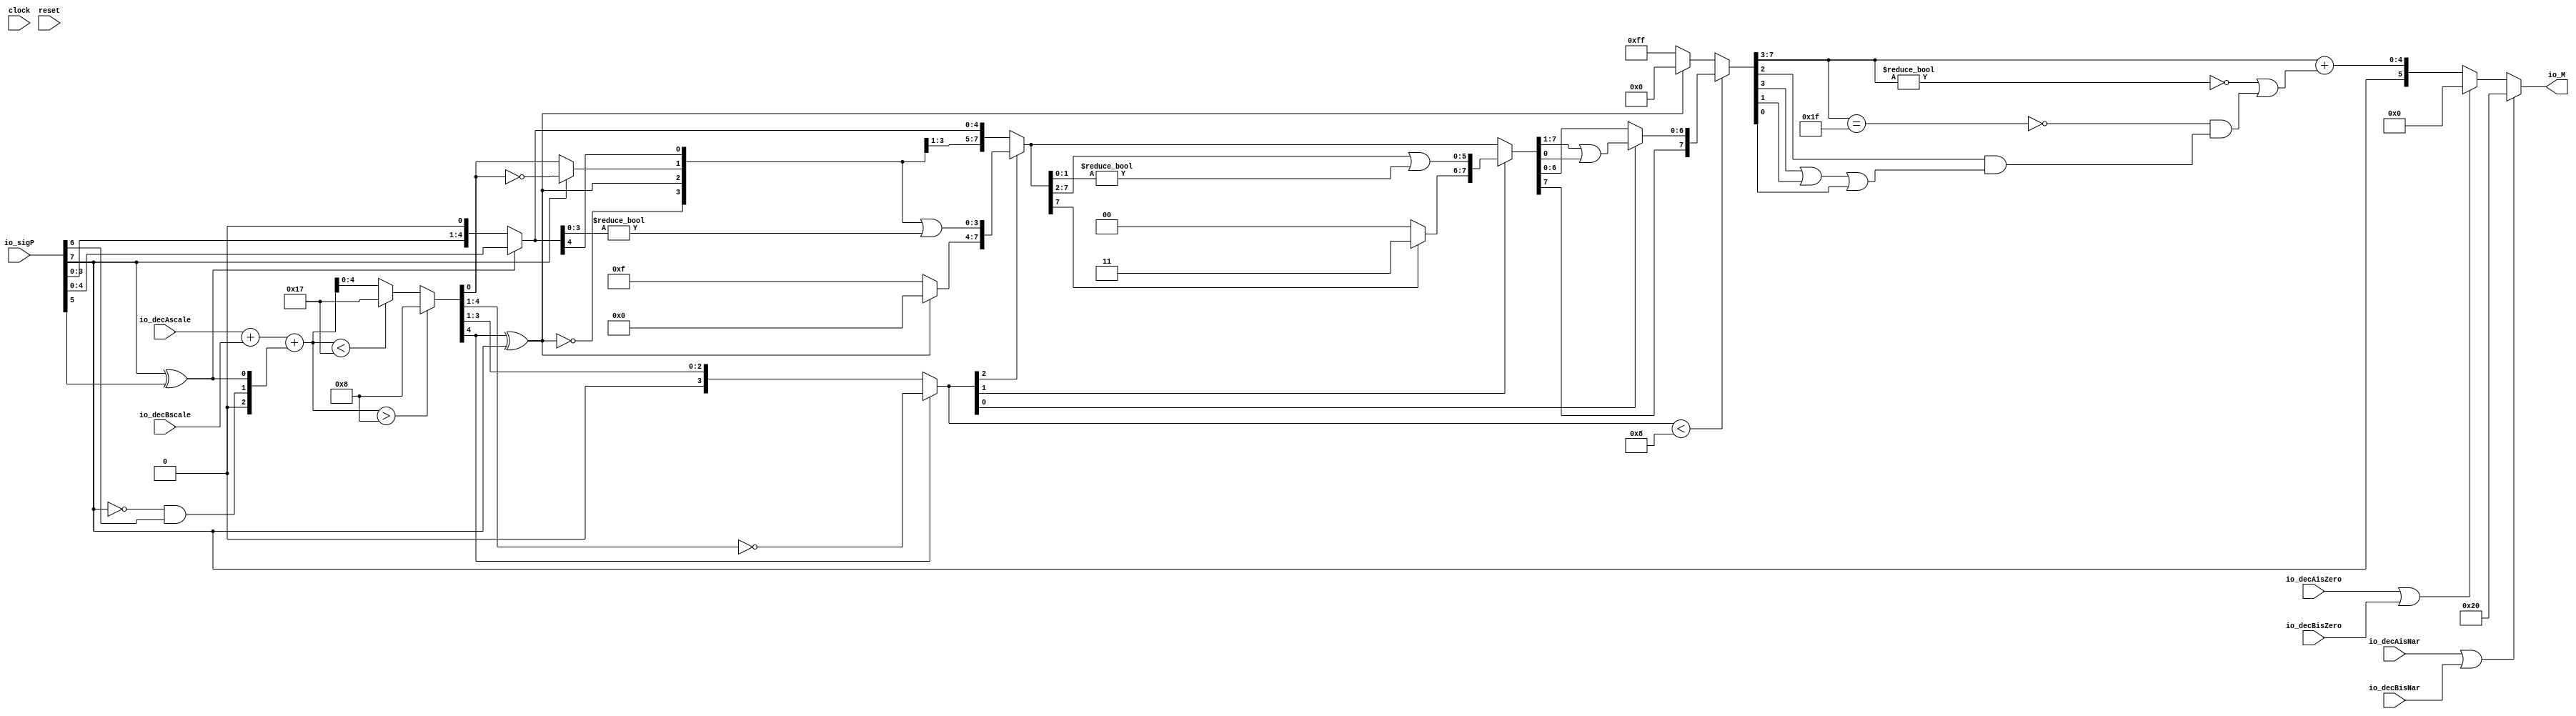
module PositMulEnc6_1(
  input        clock,
  input        reset,
  input  [7:0] io_sigP,
  input  [4:0] io_decAscale,
  input  [4:0] io_decBscale,
  input        io_decAisNar,
  input        io_decBisNar,
  input        io_decAisZero,
  input        io_decBisZero,
  output [5:0] io_M
);
  wire [1:0] head2; // @[PositMulEnc.scala 24:33]
  wire  _T; // @[PositMulEnc.scala 25:31]
  wire  _T_1; // @[PositMulEnc.scala 25:25]
  wire  _T_2; // @[PositMulEnc.scala 25:42]
  wire  addTwo; // @[PositMulEnc.scala 25:35]
  wire  _T_3; // @[PositMulEnc.scala 27:26]
  wire  _T_4; // @[PositMulEnc.scala 27:55]
  wire  addOne; // @[PositMulEnc.scala 27:46]
  wire [1:0] _T_5; // @[Cat.scala 29:58]
  wire [2:0] expBias; // @[PositMulEnc.scala 28:39]
  wire [4:0] _T_6; // @[PositMulEnc.scala 31:84]
  wire [3:0] _T_7; // @[PositMulEnc.scala 32:84]
  wire [4:0] _T_8; // @[PositMulEnc.scala 32:107]
  wire [4:0] frac; // @[PositMulEnc.scala 29:22]
  wire [5:0] _T_9; // @[PositMulEnc.scala 35:32]
  wire [5:0] _GEN_0; // @[PositMulEnc.scala 35:48]
  wire [5:0] _T_11; // @[PositMulEnc.scala 35:48]
  wire [5:0] mulScale; // @[PositMulEnc.scala 35:48]
  wire  underflow; // @[PositMulEnc.scala 36:28]
  wire  overflow; // @[PositMulEnc.scala 37:28]
  wire  decM_sign; // @[PositMulEnc.scala 40:32]
  wire [5:0] _T_14; // @[Mux.scala 87:16]
  wire [5:0] _T_15; // @[Mux.scala 87:16]
  wire [1:0] decM_fraction; // @[PositMulEnc.scala 48:29]
  wire  decM_isNaR; // @[PositMulEnc.scala 49:33]
  wire  decM_isZero; // @[PositMulEnc.scala 50:34]
  wire [2:0] grsTmp; // @[PositMulEnc.scala 53:30]
  wire [1:0] _T_19; // @[PositMulEnc.scala 56:32]
  wire  _T_20; // @[PositMulEnc.scala 56:48]
  wire [4:0] _GEN_1; // @[PositMulEnc.scala 39:23 PositMulEnc.scala 41:17]
  wire [4:0] decM_scale; // @[PositMulEnc.scala 39:23 PositMulEnc.scala 41:17]
  wire  _T_24; // @[convert.scala 46:61]
  wire  _T_25; // @[convert.scala 46:52]
  wire  _T_27; // @[convert.scala 46:42]
  wire [3:0] _T_28; // @[convert.scala 48:34]
  wire  _T_29; // @[convert.scala 49:36]
  wire [3:0] _T_31; // @[convert.scala 50:36]
  wire [3:0] _T_32; // @[convert.scala 50:36]
  wire [3:0] _T_33; // @[convert.scala 50:28]
  wire  _T_34; // @[convert.scala 51:31]
  wire  _T_35; // @[convert.scala 52:43]
  wire [7:0] _T_39; // @[Cat.scala 29:58]
  wire [3:0] _T_40; // @[Shift.scala 39:17]
  wire  _T_41; // @[Shift.scala 39:24]
  wire [2:0] _T_42; // @[Shift.scala 40:44]
  wire [3:0] _T_43; // @[Shift.scala 90:30]
  wire [3:0] _T_44; // @[Shift.scala 90:48]
  wire  _T_45; // @[Shift.scala 90:57]
  wire [3:0] _GEN_2; // @[Shift.scala 90:39]
  wire [3:0] _T_46; // @[Shift.scala 90:39]
  wire  _T_47; // @[Shift.scala 12:21]
  wire  _T_48; // @[Shift.scala 12:21]
  wire [3:0] _T_50; // @[Bitwise.scala 71:12]
  wire [7:0] _T_51; // @[Cat.scala 29:58]
  wire [7:0] _T_52; // @[Shift.scala 91:22]
  wire [1:0] _T_53; // @[Shift.scala 92:77]
  wire [5:0] _T_54; // @[Shift.scala 90:30]
  wire [1:0] _T_55; // @[Shift.scala 90:48]
  wire  _T_56; // @[Shift.scala 90:57]
  wire [5:0] _GEN_3; // @[Shift.scala 90:39]
  wire [5:0] _T_57; // @[Shift.scala 90:39]
  wire  _T_58; // @[Shift.scala 12:21]
  wire  _T_59; // @[Shift.scala 12:21]
  wire [1:0] _T_61; // @[Bitwise.scala 71:12]
  wire [7:0] _T_62; // @[Cat.scala 29:58]
  wire [7:0] _T_63; // @[Shift.scala 91:22]
  wire  _T_64; // @[Shift.scala 92:77]
  wire [6:0] _T_65; // @[Shift.scala 90:30]
  wire  _T_66; // @[Shift.scala 90:48]
  wire [6:0] _GEN_4; // @[Shift.scala 90:39]
  wire [6:0] _T_68; // @[Shift.scala 90:39]
  wire  _T_70; // @[Shift.scala 12:21]
  wire [7:0] _T_71; // @[Cat.scala 29:58]
  wire [7:0] _T_72; // @[Shift.scala 91:22]
  wire [7:0] _T_75; // @[Bitwise.scala 71:12]
  wire [7:0] _T_76; // @[Shift.scala 39:10]
  wire  _T_77; // @[convert.scala 55:31]
  wire  _T_78; // @[convert.scala 56:31]
  wire  _T_79; // @[convert.scala 57:31]
  wire  _T_80; // @[convert.scala 58:31]
  wire [4:0] _T_81; // @[convert.scala 59:69]
  wire  _T_82; // @[convert.scala 59:81]
  wire  _T_83; // @[convert.scala 59:50]
  wire  _T_85; // @[convert.scala 60:81]
  wire  _T_86; // @[convert.scala 61:44]
  wire  _T_87; // @[convert.scala 61:52]
  wire  _T_88; // @[convert.scala 61:36]
  wire  _T_89; // @[convert.scala 62:63]
  wire  _T_90; // @[convert.scala 62:103]
  wire  _T_91; // @[convert.scala 62:60]
  wire [4:0] _GEN_5; // @[convert.scala 63:56]
  wire [4:0] _T_94; // @[convert.scala 63:56]
  wire [5:0] _T_95; // @[Cat.scala 29:58]
  wire [5:0] _T_97; // @[Mux.scala 87:16]
  assign head2 = io_sigP[7:6]; // @[PositMulEnc.scala 24:33]
  assign _T = head2[1]; // @[PositMulEnc.scala 25:31]
  assign _T_1 = ~ _T; // @[PositMulEnc.scala 25:25]
  assign _T_2 = head2[0]; // @[PositMulEnc.scala 25:42]
  assign addTwo = _T_1 & _T_2; // @[PositMulEnc.scala 25:35]
  assign _T_3 = io_sigP[7]; // @[PositMulEnc.scala 27:26]
  assign _T_4 = io_sigP[5]; // @[PositMulEnc.scala 27:55]
  assign addOne = _T_3 ^ _T_4; // @[PositMulEnc.scala 27:46]
  assign _T_5 = {addTwo,addOne}; // @[Cat.scala 29:58]
  assign expBias = {1'b0,$signed(_T_5)}; // @[PositMulEnc.scala 28:39]
  assign _T_6 = io_sigP[4:0]; // @[PositMulEnc.scala 31:84]
  assign _T_7 = io_sigP[3:0]; // @[PositMulEnc.scala 32:84]
  assign _T_8 = {_T_7, 1'h0}; // @[PositMulEnc.scala 32:107]
  assign frac = addOne ? _T_6 : _T_8; // @[PositMulEnc.scala 29:22]
  assign _T_9 = $signed(io_decAscale) + $signed(io_decBscale); // @[PositMulEnc.scala 35:32]
  assign _GEN_0 = {{3{expBias[2]}},expBias}; // @[PositMulEnc.scala 35:48]
  assign _T_11 = $signed(_T_9) + $signed(_GEN_0); // @[PositMulEnc.scala 35:48]
  assign mulScale = $signed(_T_11); // @[PositMulEnc.scala 35:48]
  assign underflow = $signed(mulScale) < $signed(-6'sh9); // @[PositMulEnc.scala 36:28]
  assign overflow = $signed(mulScale) > $signed(6'sh8); // @[PositMulEnc.scala 37:28]
  assign decM_sign = io_sigP[7:7]; // @[PositMulEnc.scala 40:32]
  assign _T_14 = underflow ? $signed(-6'sh9) : $signed(mulScale); // @[Mux.scala 87:16]
  assign _T_15 = overflow ? $signed(6'sh8) : $signed(_T_14); // @[Mux.scala 87:16]
  assign decM_fraction = frac[4:3]; // @[PositMulEnc.scala 48:29]
  assign decM_isNaR = io_decAisNar | io_decBisNar; // @[PositMulEnc.scala 49:33]
  assign decM_isZero = io_decAisZero | io_decBisZero; // @[PositMulEnc.scala 50:34]
  assign grsTmp = frac[2:0]; // @[PositMulEnc.scala 53:30]
  assign _T_19 = grsTmp[2:1]; // @[PositMulEnc.scala 56:32]
  assign _T_20 = grsTmp[0:0]; // @[PositMulEnc.scala 56:48]
  assign _GEN_1 = _T_15[4:0]; // @[PositMulEnc.scala 39:23 PositMulEnc.scala 41:17]
  assign decM_scale = $signed(_GEN_1); // @[PositMulEnc.scala 39:23 PositMulEnc.scala 41:17]
  assign _T_24 = decM_scale[0]; // @[convert.scala 46:61]
  assign _T_25 = ~ _T_24; // @[convert.scala 46:52]
  assign _T_27 = decM_sign ? _T_25 : _T_24; // @[convert.scala 46:42]
  assign _T_28 = decM_scale[4:1]; // @[convert.scala 48:34]
  assign _T_29 = _T_28[3:3]; // @[convert.scala 49:36]
  assign _T_31 = ~ _T_28; // @[convert.scala 50:36]
  assign _T_32 = $signed(_T_31); // @[convert.scala 50:36]
  assign _T_33 = _T_29 ? $signed(_T_32) : $signed(_T_28); // @[convert.scala 50:28]
  assign _T_34 = _T_29 ^ decM_sign; // @[convert.scala 51:31]
  assign _T_35 = ~ _T_34; // @[convert.scala 52:43]
  assign _T_39 = {_T_35,_T_34,_T_27,decM_fraction,_T_19,_T_20}; // @[Cat.scala 29:58]
  assign _T_40 = $unsigned(_T_33); // @[Shift.scala 39:17]
  assign _T_41 = _T_40 < 4'h8; // @[Shift.scala 39:24]
  assign _T_42 = _T_33[2:0]; // @[Shift.scala 40:44]
  assign _T_43 = _T_39[7:4]; // @[Shift.scala 90:30]
  assign _T_44 = _T_39[3:0]; // @[Shift.scala 90:48]
  assign _T_45 = _T_44 != 4'h0; // @[Shift.scala 90:57]
  assign _GEN_2 = {{3'd0}, _T_45}; // @[Shift.scala 90:39]
  assign _T_46 = _T_43 | _GEN_2; // @[Shift.scala 90:39]
  assign _T_47 = _T_42[2]; // @[Shift.scala 12:21]
  assign _T_48 = _T_39[7]; // @[Shift.scala 12:21]
  assign _T_50 = _T_48 ? 4'hf : 4'h0; // @[Bitwise.scala 71:12]
  assign _T_51 = {_T_50,_T_46}; // @[Cat.scala 29:58]
  assign _T_52 = _T_47 ? _T_51 : _T_39; // @[Shift.scala 91:22]
  assign _T_53 = _T_42[1:0]; // @[Shift.scala 92:77]
  assign _T_54 = _T_52[7:2]; // @[Shift.scala 90:30]
  assign _T_55 = _T_52[1:0]; // @[Shift.scala 90:48]
  assign _T_56 = _T_55 != 2'h0; // @[Shift.scala 90:57]
  assign _GEN_3 = {{5'd0}, _T_56}; // @[Shift.scala 90:39]
  assign _T_57 = _T_54 | _GEN_3; // @[Shift.scala 90:39]
  assign _T_58 = _T_53[1]; // @[Shift.scala 12:21]
  assign _T_59 = _T_52[7]; // @[Shift.scala 12:21]
  assign _T_61 = _T_59 ? 2'h3 : 2'h0; // @[Bitwise.scala 71:12]
  assign _T_62 = {_T_61,_T_57}; // @[Cat.scala 29:58]
  assign _T_63 = _T_58 ? _T_62 : _T_52; // @[Shift.scala 91:22]
  assign _T_64 = _T_53[0:0]; // @[Shift.scala 92:77]
  assign _T_65 = _T_63[7:1]; // @[Shift.scala 90:30]
  assign _T_66 = _T_63[0:0]; // @[Shift.scala 90:48]
  assign _GEN_4 = {{6'd0}, _T_66}; // @[Shift.scala 90:39]
  assign _T_68 = _T_65 | _GEN_4; // @[Shift.scala 90:39]
  assign _T_70 = _T_63[7]; // @[Shift.scala 12:21]
  assign _T_71 = {_T_70,_T_68}; // @[Cat.scala 29:58]
  assign _T_72 = _T_64 ? _T_71 : _T_63; // @[Shift.scala 91:22]
  assign _T_75 = _T_48 ? 8'hff : 8'h0; // @[Bitwise.scala 71:12]
  assign _T_76 = _T_41 ? _T_72 : _T_75; // @[Shift.scala 39:10]
  assign _T_77 = _T_76[3]; // @[convert.scala 55:31]
  assign _T_78 = _T_76[2]; // @[convert.scala 56:31]
  assign _T_79 = _T_76[1]; // @[convert.scala 57:31]
  assign _T_80 = _T_76[0]; // @[convert.scala 58:31]
  assign _T_81 = _T_76[7:3]; // @[convert.scala 59:69]
  assign _T_82 = _T_81 != 5'h0; // @[convert.scala 59:81]
  assign _T_83 = ~ _T_82; // @[convert.scala 59:50]
  assign _T_85 = _T_81 == 5'h1f; // @[convert.scala 60:81]
  assign _T_86 = _T_77 | _T_79; // @[convert.scala 61:44]
  assign _T_87 = _T_86 | _T_80; // @[convert.scala 61:52]
  assign _T_88 = _T_78 & _T_87; // @[convert.scala 61:36]
  assign _T_89 = ~ _T_85; // @[convert.scala 62:63]
  assign _T_90 = _T_89 & _T_88; // @[convert.scala 62:103]
  assign _T_91 = _T_83 | _T_90; // @[convert.scala 62:60]
  assign _GEN_5 = {{4'd0}, _T_91}; // @[convert.scala 63:56]
  assign _T_94 = _T_81 + _GEN_5; // @[convert.scala 63:56]
  assign _T_95 = {decM_sign,_T_94}; // @[Cat.scala 29:58]
  assign _T_97 = decM_isZero ? 6'h0 : _T_95; // @[Mux.scala 87:16]
  assign io_M = decM_isNaR ? 6'h20 : _T_97; // @[PositMulEnc.scala 64:8]
endmodule